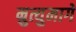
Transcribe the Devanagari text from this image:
म्रुत्युमागे